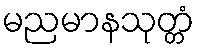
မညမာနသုတ္တံ